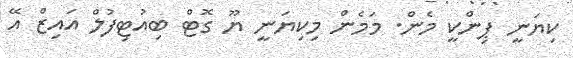
ކިޔަނީ ޕިންކީ މެން. މަމެން މިކިޔަނީ ޔޫ ގޮޓް ބިއުޓިފުލް އައިޒް އޭ